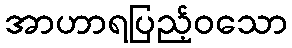
အာဟာရပြည့်ဝသော